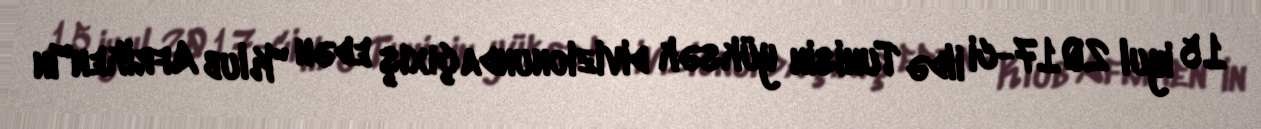
15 iyul 2017-ci ildə Tunisin yüksək divizionunda çıxış edən "Klub Afriken"in